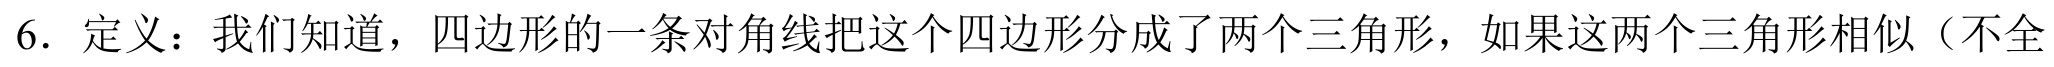
6．定义：我们知道，四边形的一条对角线把这个四边形分成了两个三角形，如果这两个三角形相似（不全